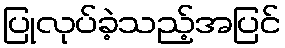
ပြုလုပ်ခဲ့သည့်အပြင်